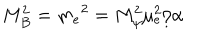
M _ { B } ^ { 2 } = m _ { e } { } ^ { 2 } = M _ { \psi } ^ { 2 } \mu _ { e } ^ { 2 } / \alpha